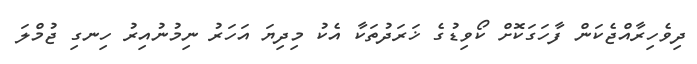
ދިވެހިރާއްޖެކަން ފާހަގަކޮށް ކޯވިޑުގެ ޚަރަދުތަކާ އެކު މިދިޔަ އަހަރު ނިމުނުއިރު ހިނގި ޖުމްލަ